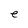
Character: e